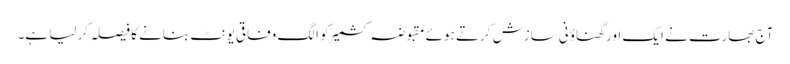
آج بھارت نے ایک اور گھناؤنی سازش کرتے ہوئے مقبوضہ کشمیر کو الگ وفاقی یونٹ بنانے کا فیصلہ کر لیا ہے۔